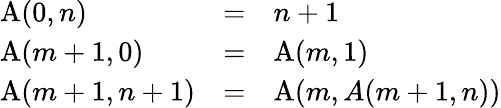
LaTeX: \begin{array}{lcl}{\operatorname{A}(0,n)}&{=}&{n+1}\\ {\operatorname{A}(m+1,0)}&{=}&{\operatorname{A}(m,1)}\\ {\operatorname{A}(m+1,n+1)}&{=}&{\operatorname{A}(m,A(m+1,n))}\end{array}